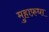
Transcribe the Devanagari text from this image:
मुहाफ़धा